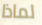
لماذا